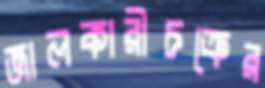
জালকারীচক্রের